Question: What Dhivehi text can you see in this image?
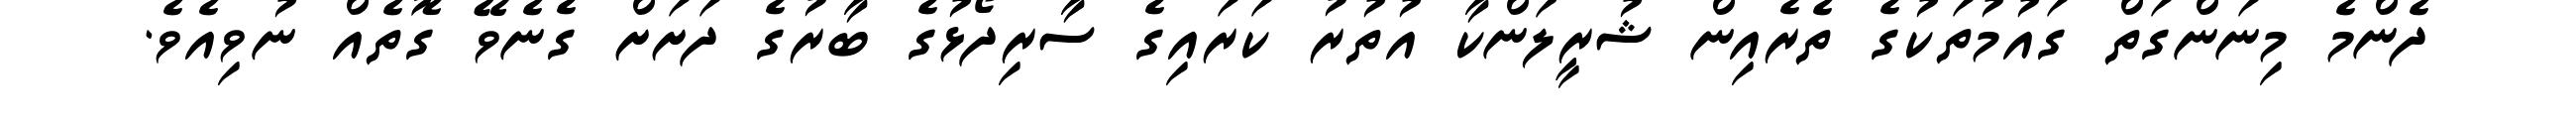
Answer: ދެންމެ މިނަންގަތް ގައުމުތަކުގެ ތެރެއިން ޝުރީލަންކާ އުތުރު ކަރައިގެ ސާރިދޯޅުގެ ބާރުގެ ދަށަށް ގެނެވޭ ގޮތެއް ނުވިއެވެ.